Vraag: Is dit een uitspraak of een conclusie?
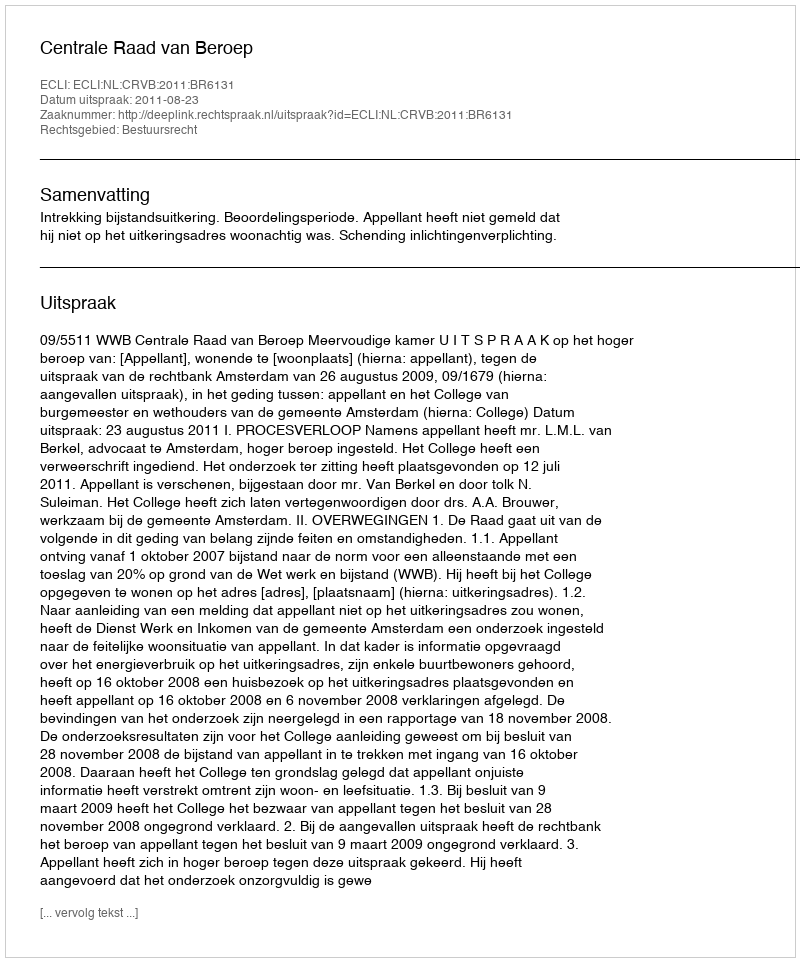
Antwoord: Uitspraak